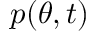
p ( \theta , t )